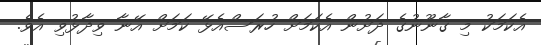
އެކަމަކު މި ގާނޫނުގެ ދަށުން އެކަމަށް ހުރަސްއެޅޭ ކަމަށް އޭނާ ވިދާޅުވި އެވެ.